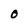
Character: O